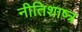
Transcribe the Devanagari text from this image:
नीतिशाष्त्र